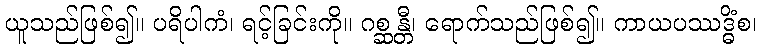
ယူသည်ဖြစ်၍။ ပရိပါကံ၊ ရင့်ခြင်းကို။ ဂစ္ဆန္တီ၊ ရောက်သည်ဖြစ်၍။ ကာယပဿဒ္ဓိံစ၊